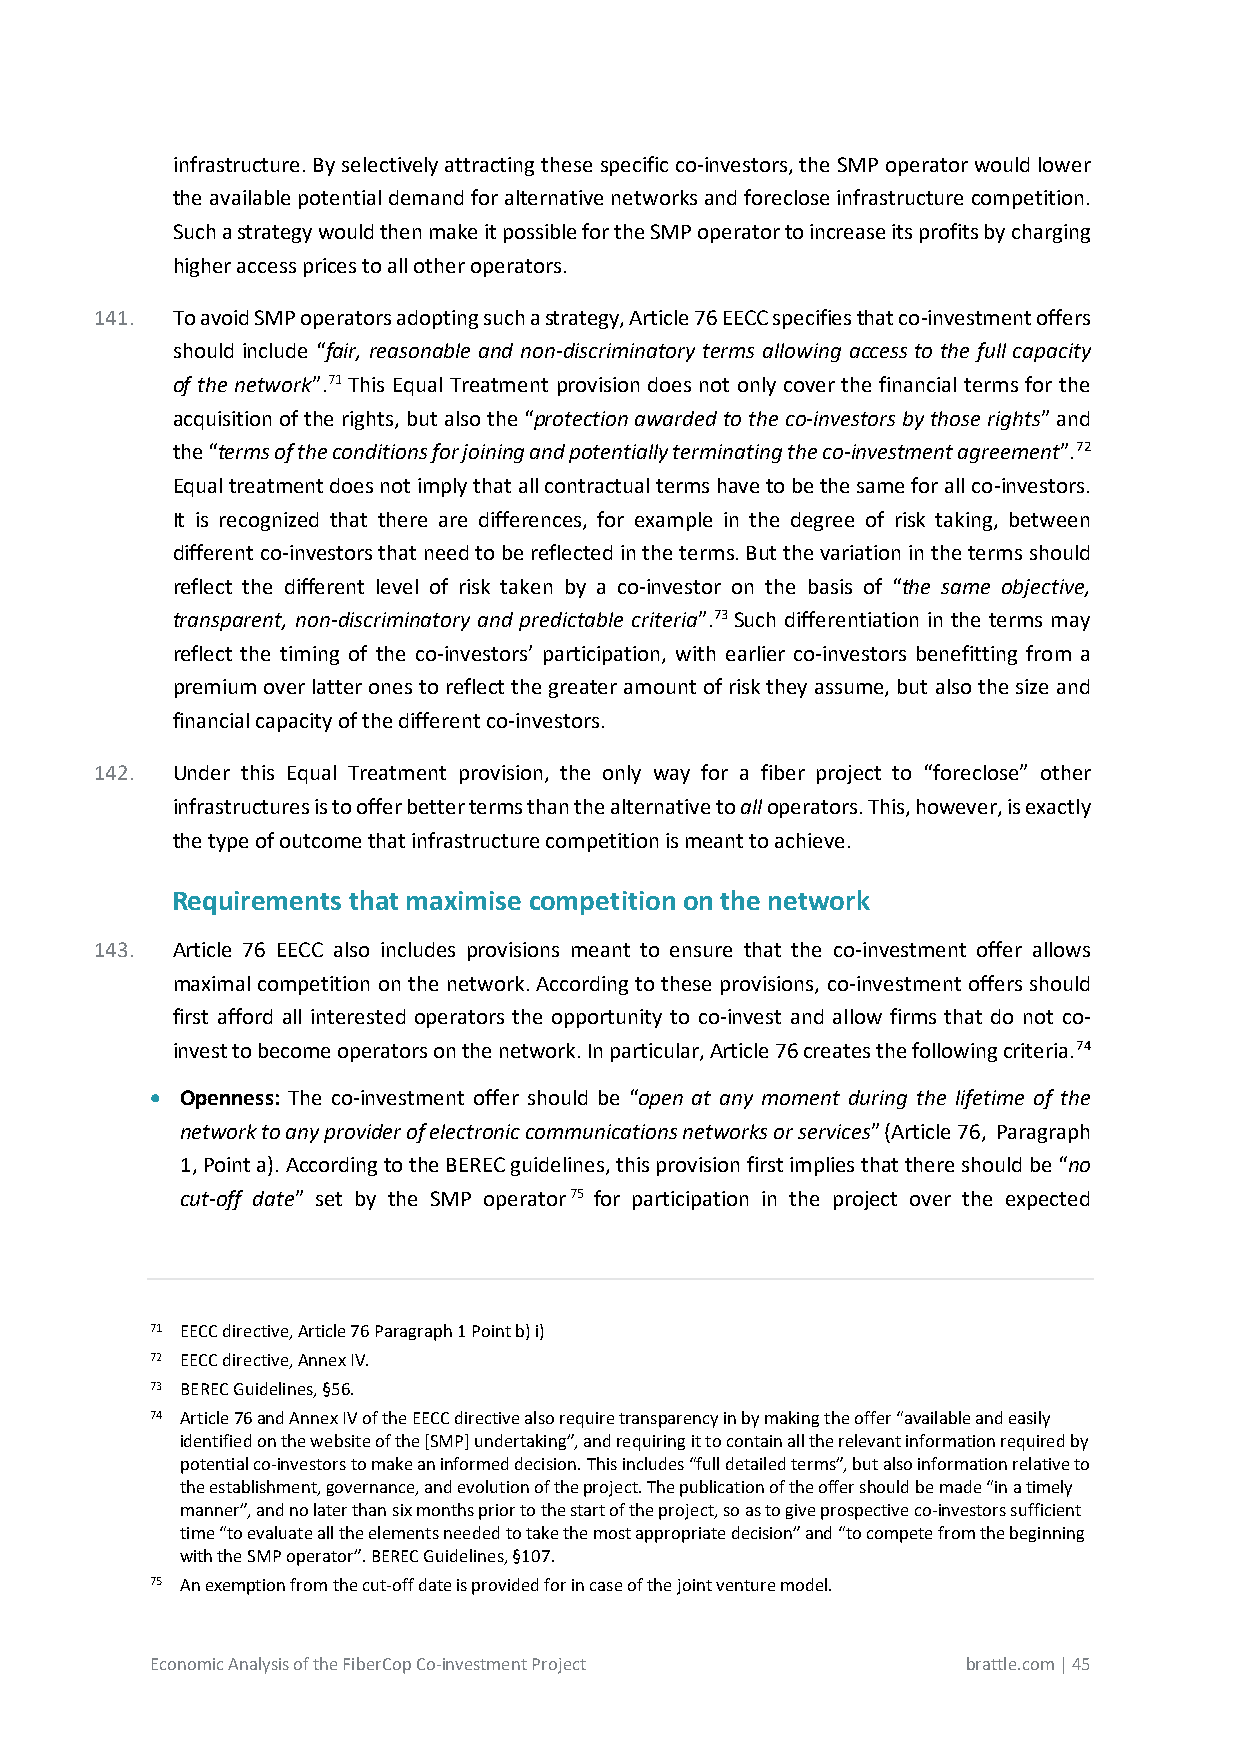
infrastructure. By selectively attracting these specific co-investors, the SMP operator would lower
 the available potential demand for alternative networks and foreclose infrastructure competition.
 Such a strategy would then make it possible for the SMP operator to increase its profits by charging
 higher access prices to all other operators.
 141. To avoid SMP operators adopting such a strategy, Article 76 EECC specifies that co-investment offers
 should include “fair, reasonable and non-discriminatory terms allowing access to the full capacity
 of the network”.71 This Equal Treatment provision does not only cover the financial terms for the
 acquisition of the rights, but also the “protection awarded to the co-investors by those rights” and
 the “terms of the conditions for joining and potentially terminating the co-investment agreement”.72
 Equal treatment does not imply that all contractual terms have to be the same for all co-investors.
 It is recognized that there are differences, for example in the degree of risk taking, between
 different co-investors that need to be reflected in the terms. But the variation in the terms should
 reflect the different level of risk taken by a co-investor on the basis of “the same objective,
 transparent, non-discriminatory and predictable criteria”.73 Such differentiation in the terms may
 reflect the timing of the co-investors’ participation, with earlier co-investors benefitting from a
 premium over latter ones to reflect the greater amount of risk they assume, but also the size and
 financial capacity of the different co-investors.
 142. Under this Equal Treatment provision, the only way for a fiber project to “foreclose” other
 infrastructures is to offer better terms than the alternative to all operators. This, however, is exactly
 the type of outcome that infrastructure competition is meant to achieve.
 Requirements that maximise competition on the network
 143. Article 76 EECC also includes provisions meant to ensure that the co-investment offer allows
 maximal competition on the network. According to these provisions, co-investment offers should
 first afford all interested operators the opportunity to co-invest and allow firms that do not co-
 invest to become operators on the network. In particular, Article 76 creates the following criteria.74
 • Openness: The co-investment offer should be “open at any moment during the lifetime of the
 network to any provider of electronic communications networks or services” (Article 76, Paragraph
 1, Point a). According to the BEREC guidelines, this provision first implies that there should be “no
 cut-off date” set by the SMP operator75 for participation in the project over the expected
 71 EECC directive, Article 76 Paragraph 1 Point b) i)
 72 EECC directive, Annex IV.
 73 BEREC Guidelines, §56.
 74 Article 76 and Annex IV of the EECC directive also require transparency in by making the offer “available and easily
 identified on the website of the [SMP] undertaking”, and requiring it to contain all the relevant information required by
 potential co-investors to make an informed decision. This includes “full detailed terms”, but also information relative to
 the establishment, governance, and evolution of the project. The publication of the offer should be made “in a timely
 manner”, and no later than six months prior to the start of the project, so as to give prospective co-investors sufficient
 time “to evaluate all the elements needed to take the most appropriate decision” and “to compete from the beginning
 with the SMP operator”. BEREC Guidelines, §107.
 75 An exemption from the cut-off date is provided for in case of the joint venture model.
 Economic Analysis of the FiberCop Co-investment Project brattle.com | 45